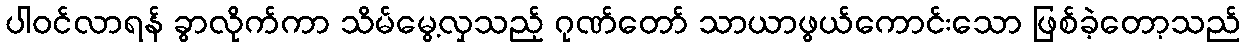
ပါဝင်လာရန် ခွာလိုက်ကာ သိမ်မွေ့လှသည့် ဂုဏ်တော် သာယာဖွယ်ကောင်းသော ဖြစ်ခဲ့တော့သည်